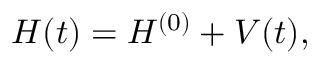
H ( t ) = H ^ { ( 0 ) } + V ( t ) ,